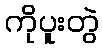
ကိုပူးတွဲ